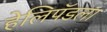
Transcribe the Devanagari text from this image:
हेलिपॅडला